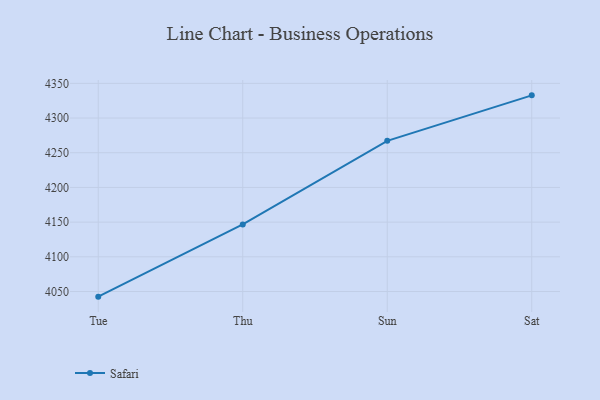
{"axis": {"x": "Day", "y": "Population (Million)"}, "legend": ["Safari"], "data": [{"x": "Tue", "y": 4042.6, "type": "Safari"}, {"x": "Thu", "y": 4146.6, "type": "Safari"}, {"x": "Sun", "y": 4267.1, "type": "Safari"}, {"x": "Sat", "y": 4332.7, "type": "Safari"}]}